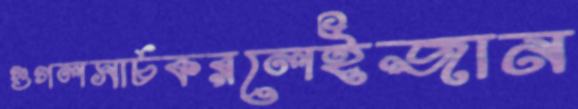
গুগলসার্চকরলেইজান